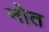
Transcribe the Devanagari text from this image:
नोत